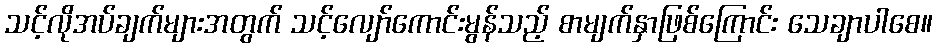
သင့်လိုအပ်ချက်များအတွက် သင့်လျော်ကောင်းမွန်သည့် စာမျက်နှာဖြစ်ကြောင်း သေချာပါစေ။